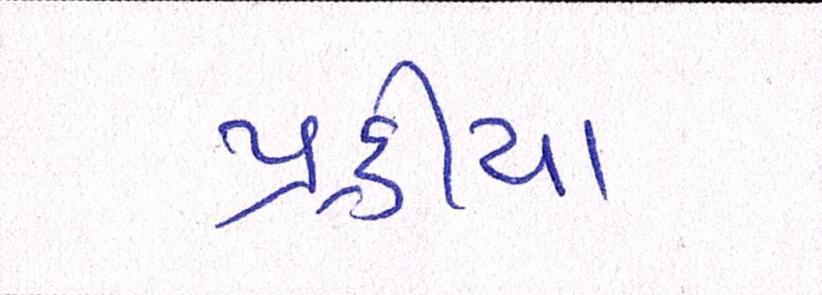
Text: પ્રક્રીયા